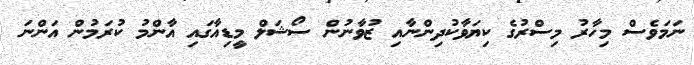
ނަމަވެސް މިހާރު މިސްރުގެ ކިޔަވާކުދިންނާއި ޒުވާނުން ސޯޝަލް މީޑިއާގައި އާންމު ކުރަމުން އަންނަ